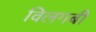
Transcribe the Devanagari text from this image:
विलगबी